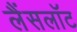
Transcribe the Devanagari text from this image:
लैंसलॉट